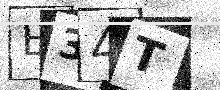
Text: B34T